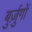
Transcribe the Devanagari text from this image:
बुर्ज़ुगों